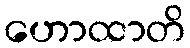
ဟောထာတိ